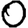
Digit: 0